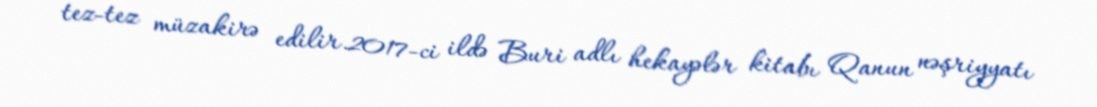
tez-tez müzakirə edilir.2017-ci ildə Buri adlı hekayələr kitabı Qanun nəşriyyatı